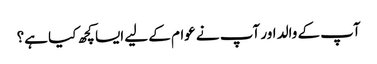
آپ کے والد اور آپ نے عوام کے لیے ایسا کچھ کیا ہے؟